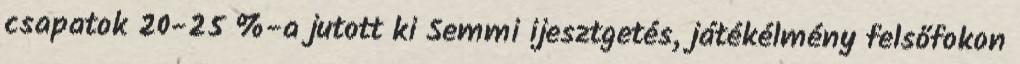
csapatok 20-25 %-a jutott ki Semmi ijesztgetés, játékélmény felsőfokon